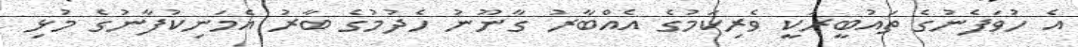
އެ ހުވަފެނުގެ ތައުބީރަކީ ވެރިކަމުގެ އެއްބާރު ގާނޫނު ހެދުމުގެ ބާރު އެމަނިކުފާނުގެ މުޅި